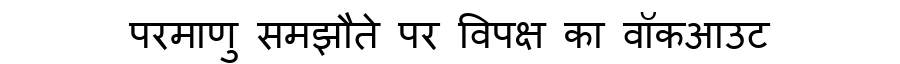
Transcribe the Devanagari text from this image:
परमाणु समझौते पर विपक्ष का वॉकआउट